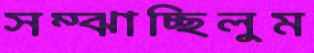
সম্‌ঝাচ্ছিলুম